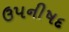
ઉપનીષદ